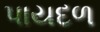
પાયદળ